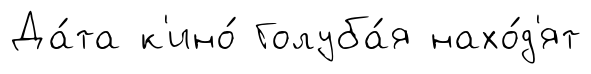
Да́та к'ино́ Голуба́я нахо́д'ят